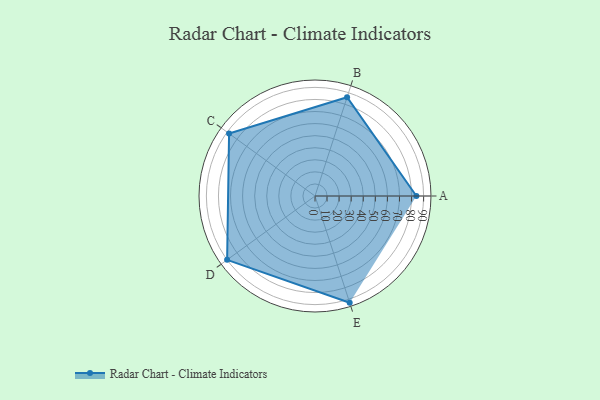
{"axis": {"x": "Skill", "y": "Score"}, "legend": ["Profile"], "data": [{"x": "A", "y": 84.0, "type": "Profile"}, {"x": "B", "y": 86.0, "type": "Profile"}, {"x": "C", "y": 88.0, "type": "Profile"}, {"x": "D", "y": 90.0, "type": "Profile"}, {"x": "E", "y": 93.0, "type": "Profile"}]}